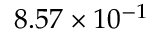
8 . 5 7 \times 1 0 ^ { - 1 }